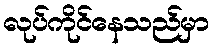
လုပ်ကိုင်နေသည်မှာ